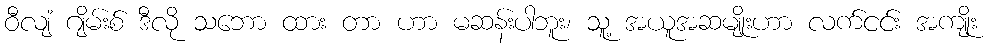
ဝီလျံ ဂျိမ်းစ် ဒီလို သဘော ထား တာ ဟာ မဆန်းပါဘူး၊ သူ့ အယူအဆမျိုးဟာ လက်ငင်း အကျိုး